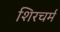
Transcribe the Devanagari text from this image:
शिरचर्म